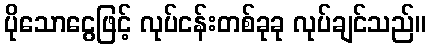
ပိုသောငွေဖြင့် လုပ်ငန်းတစ်ခုခု လုပ်ချင်သည်။